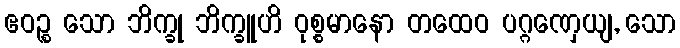
ဧဝဉ္စ သော ဘိက္ခု ဘိက္ခူဟိ ဝုစ္စမာနော တထေဝ ပဂ္ဂဏှေယျ, သော